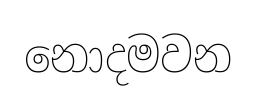
නොදමවන